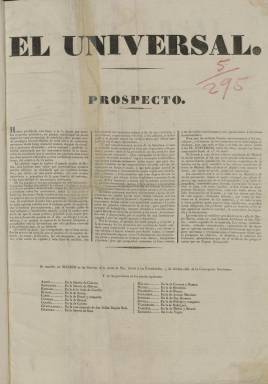
Título: El Universal (Madrid. 1834)
Colección: Periódicos anteriores a 1850
Ámbito geográfico: Madrid
Lugar de publicación: Madrid
Fechas: 01/04/1834-18/05/1834

Defensor de la Reina niña Isabel II y de su madre doña María Cristina, este periódico nació al tiempo que se promulgaba el llamado Estatuto Real tras la muerte de Fernando VII. No era una Constitución como la aprobada en 1812, sino un texto que buscaba un mínimo régimen representativo y dejaba intactos los poderes de la corona a fin de lograr una concordia nacional y evitar la guerra civil con los carlistas, conflicto que acababa de comenzar.

   De cuatro páginas y con un perfil claramente doctrinario, pues se trataba de defender la Regencia de doña María Cristina, además de artículos de fondo la publicación insertaba noticias del interior y del exterior así como las cotizaciones de Bolsa y la programación de los teatros madrileños.

   A medida que pasaban los días los partes de guerra contra los partidarios de don Carlos fueron ganando terreno, aunque el diario –se publicaba todos los días salvo el lunes- acabó desapareciendo mes y medio después de su salida. Según cuenta Pedro Gómez Aparicio en su Historia del Periodismo Español, la publicación murió a manos del depósito legal. Este depósito era una fianza que debía aportar el editor para el pago de posibles multas, según disponía el Reglamento de Censura que se había aprobado en enero de 1834 y que el Estatuto Real no derogó. La fianza podía hacerse en metálico o en títulos de la deuda pública y era mayor para los periódicos de Madrid.

     Es curioso que fuera esa la causa de su desaparición siendo como era un diario progubernamental y defensor de una “racional y prudente libertad” como declaraba en el  prospecto con el que inició la publicación el 1 de abril de 1834. Era el mismo ideario moderado del presidente del Gobierno, Francisco Martínez de la Rosa, autor de La Conjuración de Venecia, obra romántica estrenada por entonces con gran éxito en los teatros madrileños.

     No obstante, El Universal fue continuado al mes siguiente con su misma línea ideológica de apoyo al Gobierno por La Abeja, periódico que iba a tener mayor trascendencia y un poco más de vida, pues se publicó durante dos años.

     Dato importante es que, como informaba en el citado prospecto, El Universal fue el primer periódico en España en utilizar para su impresión prensas mecánicas que fueron traídas de París, donde ya llevaban en uso varios años. La primera vez que se utilizó la fuerza del vapor en la prensa fue en Londres en 1814 y desde aquí la invención se propagaría por todo el continente. En España la primera prensa mecánica se construyó en 1847 en la fundición Bonaplata, en Madrid.

[Descripción publicada el 10/01/2019]